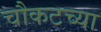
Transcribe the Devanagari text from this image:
चौकटच्या